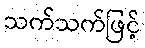
သက်သက်ဖြင့်